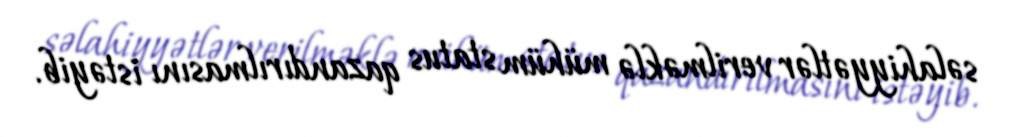
səlahiyyətlər verilməklə mühüm status qazandırılmasını istəyib.